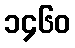
၁၄၆၀